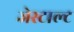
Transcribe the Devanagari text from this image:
जेस्टाल्ट